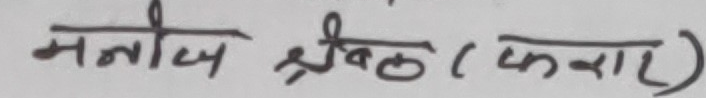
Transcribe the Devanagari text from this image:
मनोज श्रवक (फव्वारा)